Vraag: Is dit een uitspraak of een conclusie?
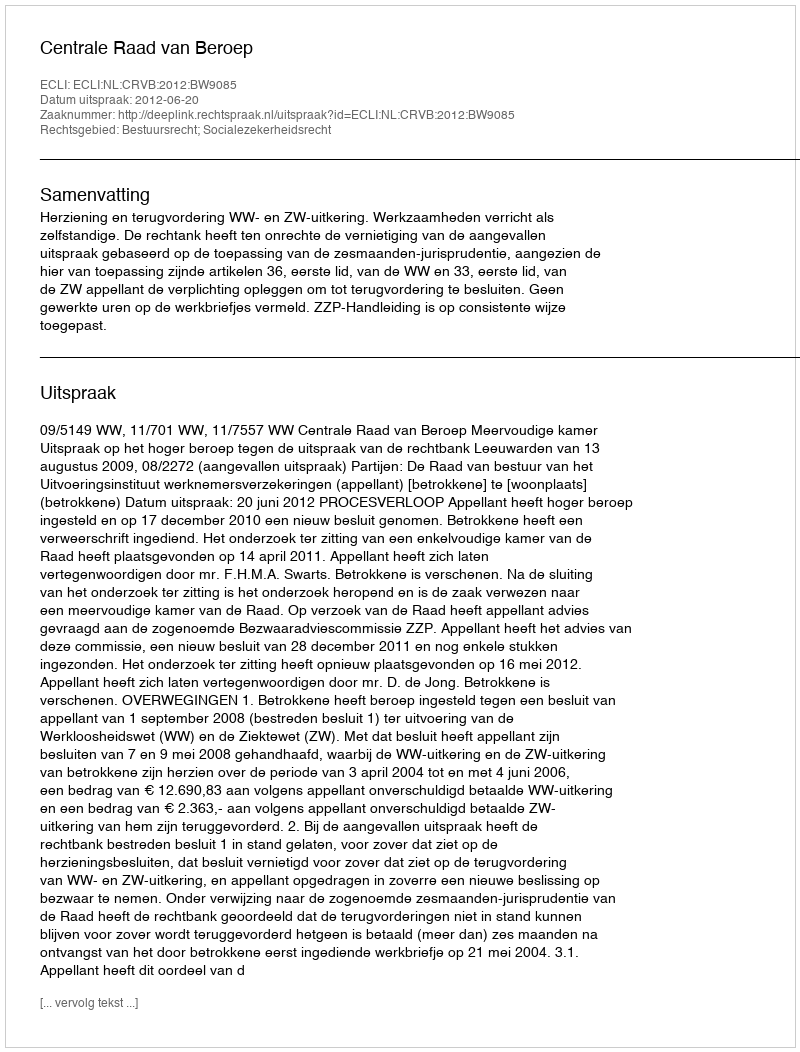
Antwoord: Uitspraak